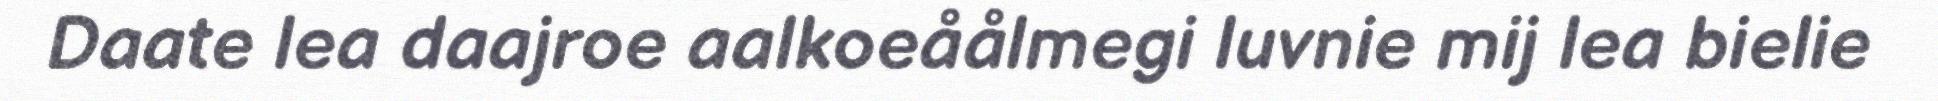
Daate lea daajroe aalkoeåålmegi luvnie mij lea bielie